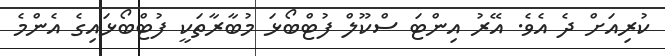
ކުރިއަށް ދެ އެވެ. އޭރު އިންޓަ ސްކޫލް ފުޓްބޯޅަ މުބާރާތަކީ ފުޓްބޯޅައިގެ އެންމެ